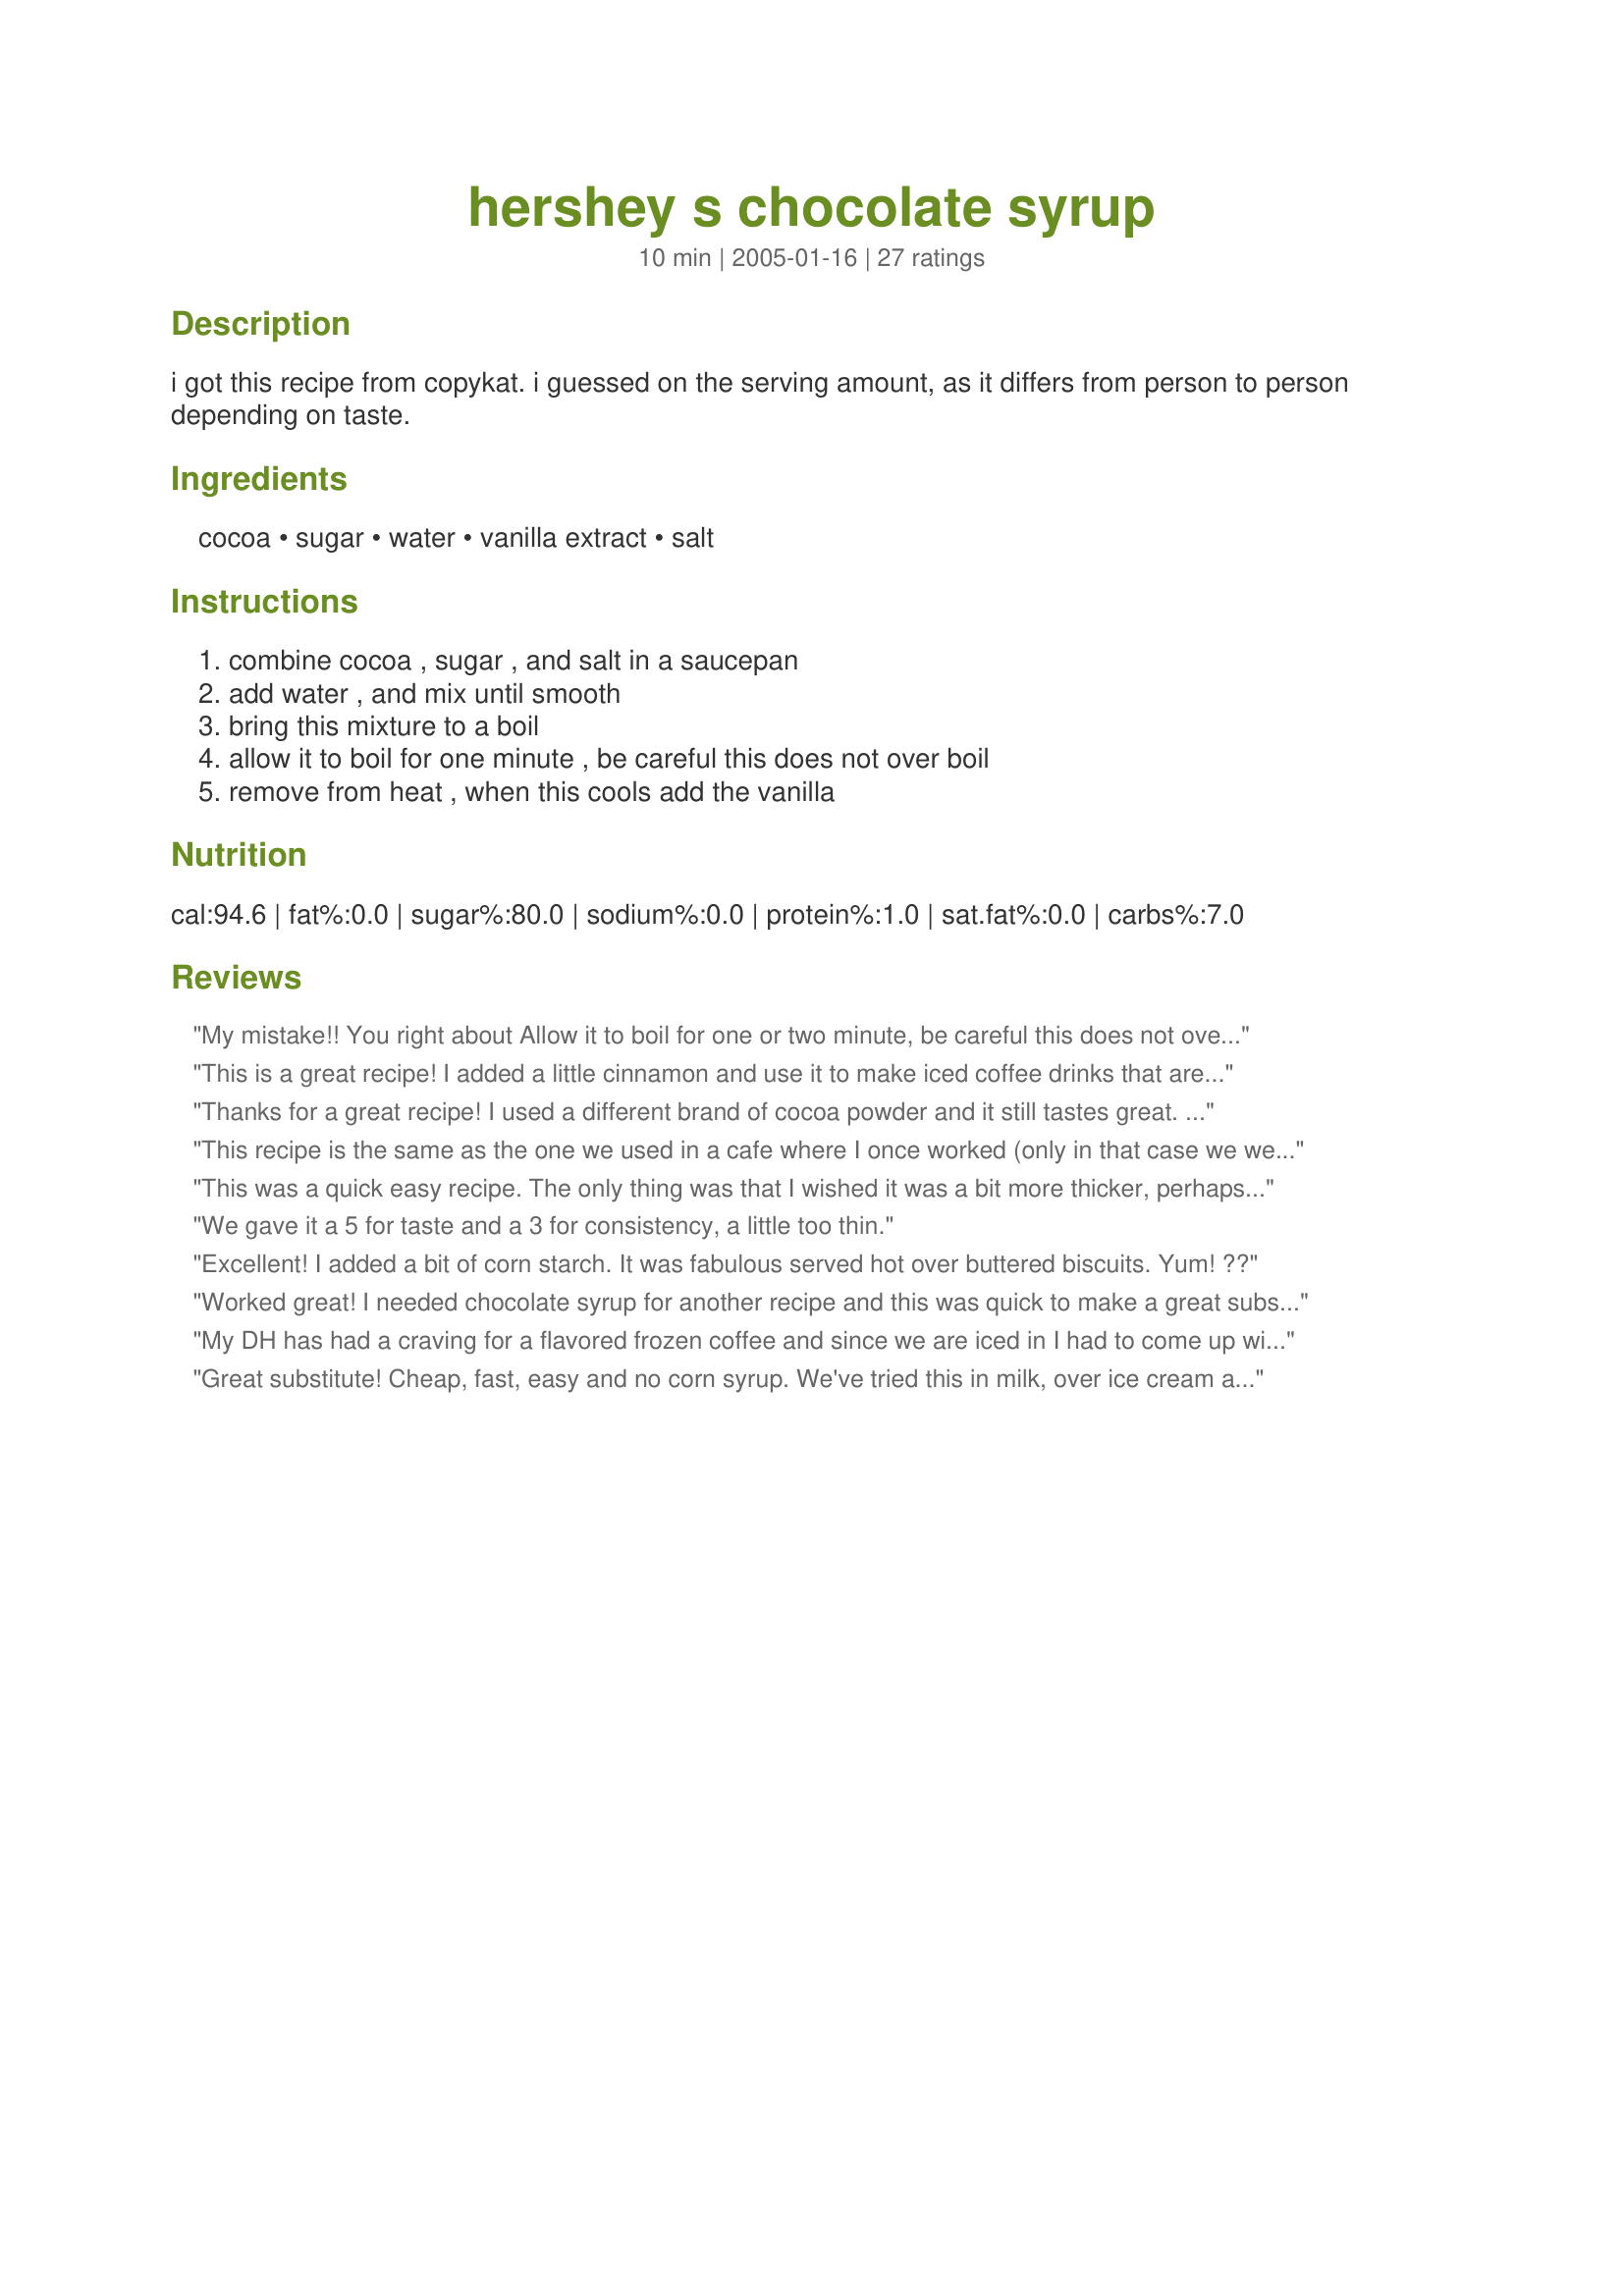
hershey s chocolate syrup
Preparation time: 10 minutes

i got this recipe from copykat. i guessed on the serving amount, as it differs from person to person depending on taste.

Ingredients:
cocoa, sugar, water, vanilla extract, salt

Steps:
combine cocoa , sugar , and salt in a saucepan, add water , and mix until smooth, bring this mixture to a boil, allow it to boil for one minute , be careful this does not over boil, remove from heat , when this cools add the vanilla

Reviews:
My mistake!! You right about Allow it to boil for one or two minute, be careful this does not over boil. I did forgot it for will over 5 minute, Did right the next time, But a little too thin for me. Did it again turned out great. After reading all of the reviews. I can do the happy food dance!! This is real good as is I got to play. THANK YOU!!
This is a great recipe! I added a little cinnamon and use it to make iced coffee drinks that are yummmmm! Double the recipe and keep this chilled and on hand at all times. :)
Thanks for a great recipe! I used a different brand of cocoa powder and it still tastes great. After reading reviews stating that the syrup was too thin I reduced the water to 3/4 of a cup. The syrup came out a bit thicker than Hershey's when cooled... perfect as an ice cream topping or a dip for fruit.. .and still easy to use for chocolate milk. Thanks again!
This recipe is the same as the one we used in a cafe where I once worked (only in that case we were using 8 cups cocoa powder--so imagine the mess when we let that boil over, which we did sometimes!). We used it to make hot cocoa and mochas. I made the recipe today and added 1 T instant coffee to add a little more intensity. A solid recipe, one that delivers what it promises. As the previous reviewer said, it thickens as it cools, so don't think you are in error when you first take it off the stove.
This was a quick easy recipe. The only thing was that I wished it was a bit more thicker, perhaps next time I will add a wee bit of a thickner.
We gave it a 5 for taste and a 3 for consistency, a little too thin.
Excellent! I added a bit of corn starch. It was fabulous served hot over buttered biscuits. Yum! ??
Worked great! I needed chocolate syrup for another recipe and this was quick to make a great substitute. I cooked it a little longer, just to make sure the sugar was dissolved and it thickened a little as it cooled. My DH thinks it would be better to try using a vanilla bean rather than extract, just to avoid the alcohol taste from extract. Thanks for sharing this recipe, I&#039;ll be using it again.
My DH has had a craving for a flavored frozen coffee and since we are iced in I had to come up with one on my own. Your syrup worked great and everyone enjoyed it! Thanks. I will use often since I don't buy chocolate syrup.
Great substitute! Cheap, fast, easy and no corn syrup. We've tried this in milk, over ice cream and straight from the spoon. Tastes just like Hershey's syrup. Maybe not as thick as the original, but thick enough for us. Thanks, Mindi, for posting!
i added 1 TBSP cornstarch to thicken
Delicious! Recipe came in handy when my own Hershey syrup ran out. I just cooled it and filled the squeeze bottle back up. Made my 9 yo daughter a chocolate shake with it tonight too. Worked out great!
Finished off my store-bought syrup yesterday and needed a cup of hot chocolate this afternoon. This turned out great. I let it boil a little longer (about 3 minutes) constantly stirring it. It turned out a good consistency. And it made a delicious cup of hot chocolate. Won't be buying syrup again. Thanks for sharing.
Simple and delicious! I've made this 3 times already. We use it over lowfat vanilla frozen yogurt or ice cream since the syrup is very low in fat. Very rich tasting. A little goes a long way. I cook it for about 8-10 minutes at medium heat for a thicker syrup, just make sure you stir it constantly so it doesn't burn or stick to the pan. This recipe makes about 1 1/2 cups of syrup.
Very tasty! My kids and I love it. It's so much better than buy the store stuff...loaded with crap!!! The cocoa flavor isn't lost in the the sugar.
Even when cooled, it was still a little too runny so, I added a little corn starch. (...better that than High Fructose Corn Syrup) THANKS!
If it's any help to anyone, I've found that if you simmer this syrup for about 10 minutes, stirring all the time, it does thicken up and there's no need to add any thickener to it. It keeps better without cornstarch.
This was great...I did add a small amount of cornstarch dissolved in water because I wasnted a thicker sauce, and I cut back the sugar to around 2/3 cup and it was still very tasty. I served it over pancakes rolled around slices of banana and the whole family loved it.
Tried this today -- excellent! I let the mixture boil for more than 1 minute as I wanted a thicker final product. On a lower flame under a careful eye, it was perfect! I added under 1 tsp. of instant coffee granules for a little kick.
Excellent substitute for store-bought syrup. I liked this better than actual Hershey's syrup, although I must admit I used Ghiradelli cocoa instead of Hershey's.
I made this the day before yesterday. I have not tried the final product yet; but I want to warn anyone who makes this recipe not to make the mistakes I did! First, I made the mistake of using a pot that was too small. It looked like it would be big enough; but this stuff can really puff up when it starts to boil. I also made the mistake of heating the syrup too fast on a gas stove. So, it ended up boiling over all of a sudden and making a huge mess! So, I turned off the burner, put the syrup in a bigger pot and reheated it more slowly this time, letting it come to a gentle boil, and stirring it until it had thickened. After my second try, it seemed to work out alright. And I look forward to using the finished product. Thanks!
It's good but it need little bit
more thick like a tablespoon of flour
Perfectly acceptable substitute. Not as sweet as another I've tried and every bit as good.
This recipe is great! One thing to keep in mind though is that the syrup is extremely thin and watery looking before it cools. Once it cools it will be more like store bought syrup.
Microwaved this (due to clean pan shortage).It does thicken a bit upon cooling. Used it in a banana chocolate smoothie. It worked fine.
Roxygirl
Super!!! I have made this before but not reviewed it. Made it again today! Never fail recipe! My boys wanted chocolate milk today and we cannot have the regular Hershey's Syrup (with all the junk in it.) Thanks Mindi for posting this and saving our day!
I love this syrup!! It's easy to make and you can thicken the consistency by adjusting the water content. I don't mind it's thinner, since I usually put the syrup in drinks. Tastes yummy!!
This is just like the Hershey's Chocolate Syrup, and make it whenever the store bought kind runs out. It is also a lot less expensive to make.
